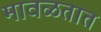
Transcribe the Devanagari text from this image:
मावळतात